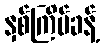
နှစ်ကြိမ်ခန့်